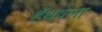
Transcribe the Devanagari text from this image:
हॅथवेला